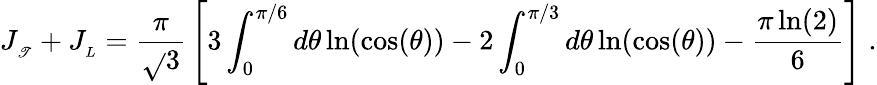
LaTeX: J_{_{\mathscr{T}}}+J_{_{L}}={\frac{{\pi}}{{\sqrt{}{{3}}}}}\left[3\int_{0}^{\pi/6}d\theta\ln(\cos(\theta))-2\int_{0}^{\pi/3}d\theta\ln(\cos(\theta))-{\frac{{\pi\ln(2)}}{{6}}}\right]\; .